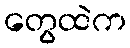
တွေထဲက